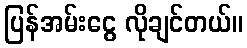
ပြန်အမ်းငွေ လိုချင်တယ်။